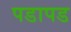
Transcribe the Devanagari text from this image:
पडापड